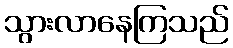
သွားလာနေကြသည်